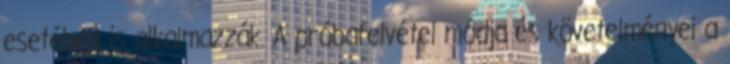
esetében is alkalmazzák. A próbafelvétel módja és követelményei a